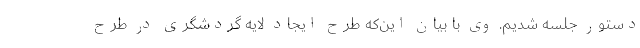
دستور جلسه شدیم. وی با بیان این‌که طرح ایجاد لایه گردشگری در طرح